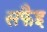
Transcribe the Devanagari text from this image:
सफैइ